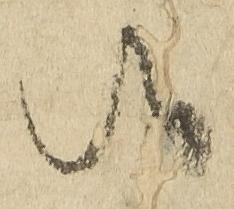
候